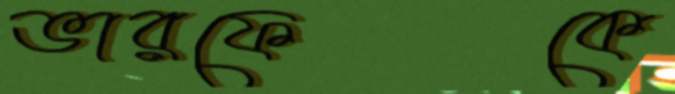
ভারফেকে